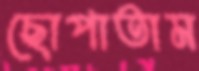
ছোপাতাম